Scottish Leaving Certificate Examination, 1960
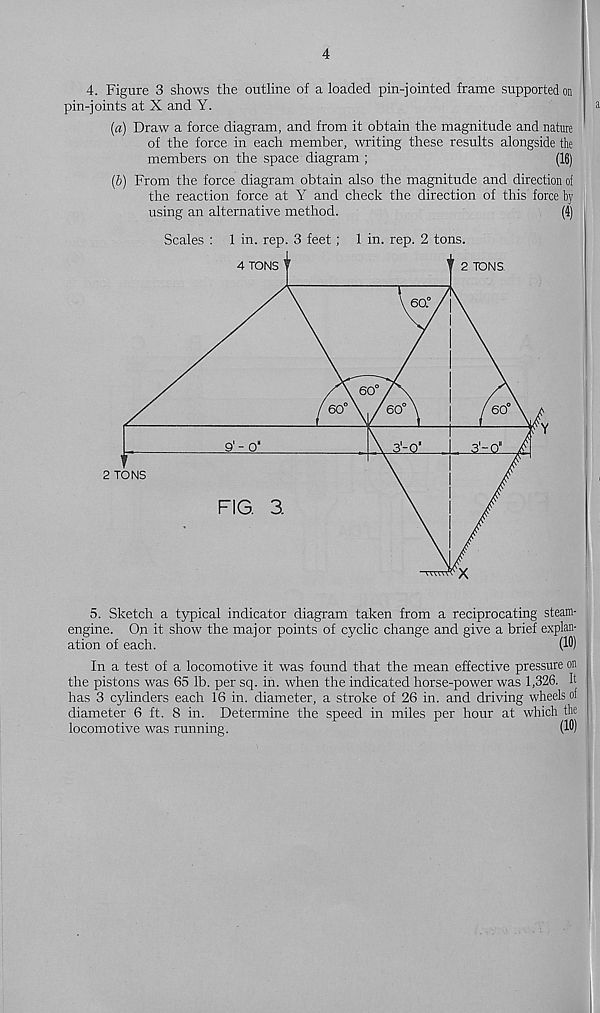
4
4. Figure 3 shows the outline of a loaded pin-jointed frame supported on
pin-joints at X and Y.
{a) Draw a force diagram, and from it obtain the magnitude and nature
of the force in each member, writing these results alongside the
members on the space diagram ;
(16)
(6) From the force diagram obtain also the magnitude and direction of
the reaction force at Y and check the direction of this force by
using an alternative method.
(4)
Scales : 1 in. rep. 3 feet; 1 in. rep. 2 tons.
5. Sketch a typical indicator diagram taken from a reciprocating steam-
engine. On it show the major points of cyclic change and give a brief explan-
ation of each.
(10)
In a test of a locomotive it was found that the mean effective pressure on
the pistons was 65 lb. per sq. in. when the indicated horse-power was 1,326. It
has 3 cylinders each 16 in. diameter, a stroke of 26 in. and driving wheels of
diameter 6 ft. 8 in. Determine the speed in miles per hour at which the
locomotive was running.
(10)